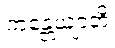
ကန္တေယျာတိ